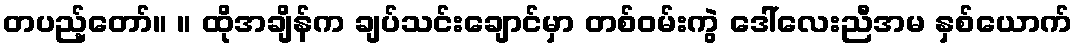
တပည့်တော်။ ။ ထိုအချိန်က ချပ်သင်းချောင်မှာ တစ်ဝမ်းကွဲ ဒေါ်လေးညီအမ နှစ်ယောက်